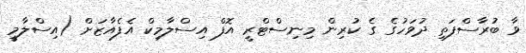
ވާ ބުރާސްފަތި ދުވަހުގެ ގެ ކުރިން މިނިސްޓްރީ އޮފް އިސްލާމިކް އެފެއާޒަށް (އިސްލާމީ